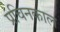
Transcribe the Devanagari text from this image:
प्रचिनकाल